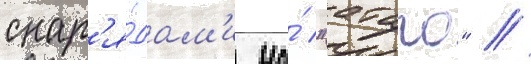
снар'я́дам'и на́ "атаго" //